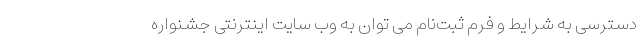
دسترسی به شرایط و فرم ثبت‌نام می توان به وب سایت اینترنتی جشنواره